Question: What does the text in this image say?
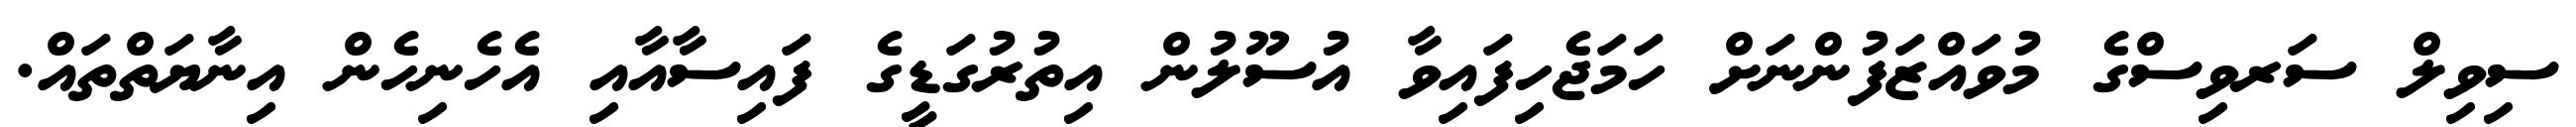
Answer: ސިވިލް ސަރވިސްގެ މުވައްޒަފުންނަށް ހަމަޖެހިފައިވާ އުސޫލުން އިތުރުގަޑީގެ ފައިސާއާއި އެހެނިހެން އިނާޔަތްތައް.